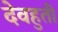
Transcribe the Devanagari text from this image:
देवहुती